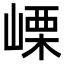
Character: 㟳